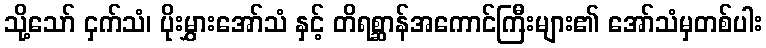
သို့သော် ငှက်သံ၊ ပိုးမွှားအော်သံ နှင့် တိရစ္ဆာန်အကောင်ကြီးများ၏ အော်သံမှတစ်ပါး